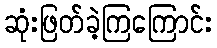
ဆုံးဖြတ်ခဲ့ကြကြောင်း